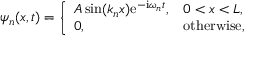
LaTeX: \psi _ { n } ( x , t ) = { \left\{ \begin{array} { l l } { A \sin ( k _ { n } x ) \mathrm { e } ^ { - \mathrm { i } \omega _ { n } t } , } & { 0 < x < L , } \\ { 0 , } & { { \mathrm { o t h e r w i s e , } } } \end{array} \right. }